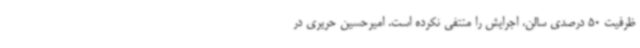
ظرفیت 50 درصدی سالن، اجرایش را منتفی نکرده است. امیرحسین حریری در